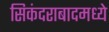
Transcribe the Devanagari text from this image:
सिकंदराबादमध्ये